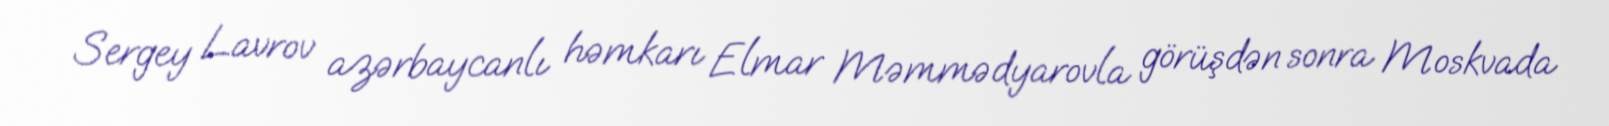
Sergey Lavrov azərbaycanlı həmkarı Elmar Məmmədyarovla görüşdən sonra Moskvada